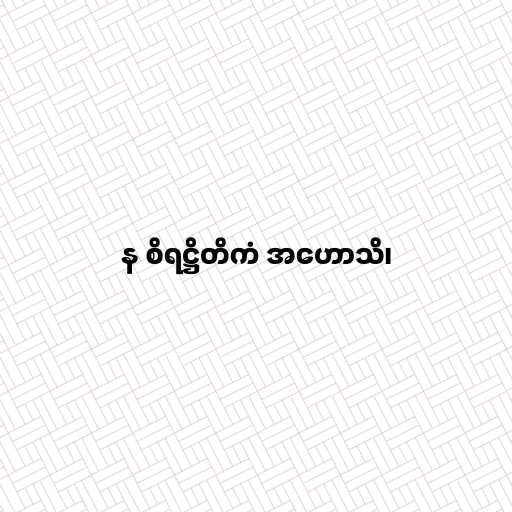
န စိရဋ္ဌိတိကံ အဟောသိ၊